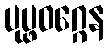
ပုပ္ဖဝဂ္ဂေန